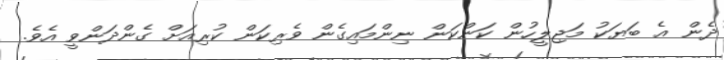
ދެން އެ ބަޔަކު މަޖިލީހުން ކަންކަން ނިންމައިގެން ވެރިކަން ކުރިއަށް ގެންދަންވީ އެވެ.